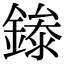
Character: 𬫾